Vital statistics of India. Vol. V, Reports of 1876 on armies & jails and on epidemic cholera
Year: 1876
Disease focus: Cholera
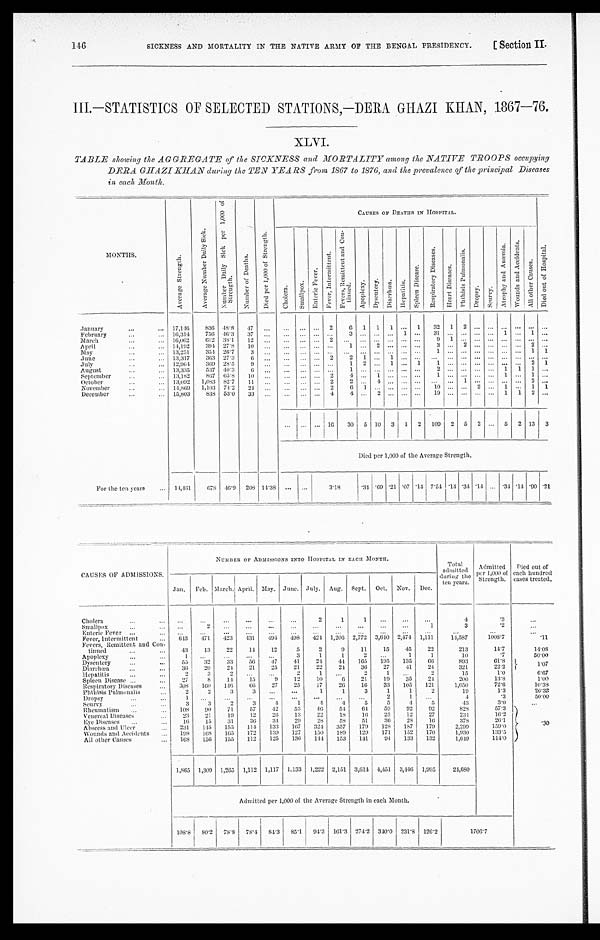
SICKNESS AND MORTALITY IN THE NATIVE ARMY OF THE BENGAL PRESIDENCY.
146
[ Section II.
III.—STATISTICS OF SELECTED STATIONS,—DERA GHAZI KHAN, 1867—76.
XLVI.
TABLE showing the AGGREGATE of the SICKNESS and MORTALITY among the NATIVE TROOPS occupying
DERA GHAZI KHAN during the TEN YEARS from 1867 to 1876, and the prevalence of the principal Diseases
in each Month.
MONTHS.
A v e r a g e S t r e n g t h .
A v e r a g e N u m b e r D a i l y S i c k .
N u m b e r D a i l y S i c k p e r 1 , 0 0 0 o f S t r e n g t h .
N u m b e r o f D e a t h s .
D i e d p e r 1 , 0 0 0 o f S t r e n g t h .
CAUSES OF DEATHS IN HOSPITAL.
D i e d o u t o f H o s p i t a l .
C h o l e r a .
S m a l l p o x .
E n t e r i c F e v e r .
F e v e r , I n t e r m i t t e n t .
F e v e r s , R e m i t t e n t a n d C o n - t i n u e d .
A p o p l e x y .
Dysent ery.
D i a r r h œ a .
H e p a t i t i s .
S p l e e n D i s e a s e .
R e s p i r a t o r y D i s e a s e s .
H e a r t D i s e a s e s .
P h t h i s i s P u l m o n a l i s .
D r o p s y .
S c u r v y .
A t r o p h y a n d A n æ m i a .
W o u n d s a n d A c c i d e n t s .
A l l o t h e r C a u s e s .
January . . .
17,146
836 48.8
47
. . .
. . .
. . . . . .
2
6 1 1 1
. . . 1
32 1 2
. . . . . .
. . .
. . .
. . .
. . .
February . . .
16,314
756 46.3
37
. . .
. . .
. . .
. . .
. . .
3
. . .
. . .
. . .
1
. . . 31
. . .
. . .
. . . . . .
1
. . . 1
. . .
March . . .
16,062
612 38.1
12
. . .
. . .
. . .
. . .
2
. . . . . . . . .
. . . . . .
. . .
9 1 . . .
. . . . . .
. . .
. . .
. . .
. . .
April . . .
14,192
394 27.8
10
. . . . . .
. . . . . .
. . .
1
. . . 2
. . .
. . . . . .
3
. . . 2
. . .
. . .
. . . . . .
2
. . .
May . . .
13,251
354 26.7
3
. . . . . .
. . . . . .
. . . . . .
. . . . . .
. . . . . .
. . .
1
. . .
. . .
. . . . . .
. . . . . . 1 1
June . . .
13,317
363 27.3
6
. . . . . .
. . . . . .
2
2 1 . . . 1
. . .
. . .
. . .
. . . . . .
. . .
. . .
. . .
. . . . . .
. . .
July . . .
12,964
369 28.5
9
. . .
. . .
. . . . . .
. . .
1 2 . . . 1
. . . 1
1
. . .
. . .
. . . . . .
. . .
. . . 2
1
August . . .
13,335
537 40.3
6
. . .
. . .
. . . . . .
. . .
1
. . . . . .
. . .
. . .
. . .
2
. . .
. . .
. . . . . . 1
1 1
. . .
September . . .
13,182
867 65.8
10
. . .
. . .
. . . . . . 2
4
. . .
1
. . .
. . . . . .
1
. . .
. . .
. . . . . .
1
. . . 1
. . .
October . . .
13,092 1,083 82.7
11
. . .
. . .
. . .
. . . 2
2
. . .
4
. . .
. . . . . .
. . .
. . . 1
. . . . . .
. . .
. . . 2
. . .
November . . .
14,869
1,103 74.2
24
. . .
. . .
. . . . . .
2
6
1 . . .
. . .
. . . . . . 10
. . . . . . 2
. . . 1
. . . 1 1
December . . .
15,803
838 53.0
33
. . .
. . .
. . . . . . 4
4
. . .
2
. . .
. . . . . .
1 9
. . .
. . .
. . . . . .
1
1
2
. . .
. . .
. . . . . . 16 30 5 10 3 1 2 109 2 5 2
. . . 5 2 13 3
Died per 1,000 of the Average Strength.
For the ten years . . . 14,461
678 46.9 208 14.38
. . .
. . .
3.18
.34 .69 .21 .07 .14 7.54 .14 .34 .14
. . . .34 .14 .90 .21
CAUSES OF ADM1SSIONS.
NUMBER OF ADMISSIONS INTO HOSPITAL IN EACH MONTH.
Total
admitted
during the
ten years.
Admitted
per 1,000 of
Strength.
Died out of
each hundred
cases treated.
Jan. Feb. March. April. May. June. July. Aug. Sept. Oct. Nov. Dec.
Ch olera . . .
. . .
. . .
. . .
. . .
. . .
. . .
2
1
1
. . .
. . .
. . .
4
.3
. . .
Smallpox . . .
. . .
2
. . .
. . .
. . .
. . .
. . . . . .
. . .
. . .
. . .
1
3
. 2
. . .
Enter ic Fever . . .
. . .
. . .
. . .
. . .
. . .
. . .
. . . . . .
. . .
. . .
. . .
. . .
. . .
. . .
. . .
Fever, Intermittent . . .
643
471
423
431
494
498
424 1,206 2,772 3,640 2,474 1,111
14,587
1008.7
.11
Fevers, Remittent and Con -
tinued . . .
43
13
22
14
12
5
2
9
11
15
45
22
213
14.7
14.08
Apoplexy . . .
1
. . .
. . .
. . .
. . .
3
1
1
2
. . .
1
1
10
.7
50.00
Dysentery . . .
55
32
33
56
47
41
24
44 165
195
135
66
893
61.8
1.07
Diarrhœa . . .
36
20
24
21
25
21
22
24
36
27
41
24
321
22.2
Hepatitis . . .
2
3
2
. . .
. . .
2
1
. . .
2
1
. . .
2
15
1.0
6.67
Spleen Disease . . .
27
8
14
15
9
12
10
6
21
19
35
24
200
13.8
1.00
Respiratory Diseases . . .
308
160
146
66
27
25
17
26
16
33
105
121
1,050
72.6
10.38
Phthisis Pulmonalis . . .
2
2
3
3
. . . . . .
1
1
3
1
1
2
19
1.3
26.32
Dropsy . . .
1
. . .
. . .
. . .
. . .
. . .
. . .
. . .
. . .
2
1
. . .
4
.3
50.00
scurvy . . .
3
3
2
3
4
1
4
4
5
5
4
5
43
3 . 0
. . .
Rheumatism . . .
108
90
71
57
42
53
46
54
64
59
92
92
828
57.3
. 3 0
Venereal Diseases . . .
23
21
19
12
26
13
22
18
16
25
12
27
234
16.2
Eye Diseases . . .
16
15
31
36
34
29
28
58
51
36
28
16
378
26.1
Abscess and Ulcer . . .
231
145
155
114
133
167
324
357
179
128
187
179
2,299
159.0
Wounds and Accidents . . .
198 168
165
172
139
127
150
189
129 171
152
170
1,930
133.5
All other Causes . . .
168
156 155
112
125
136
144
153
141
94
133
132
1,649
114.0
1,865 1,309 1,265 1,112 1,117 1,133 1,222 2,151 3,614 4,451 3,446 1,995
24,680
Admitted per 1,000 of the Average Strength in each Month.
108.8 80.2 78.8 78.4 84.3 85.1 94.3 161.3 274.2 340.0 231.8 126.2
1706.7